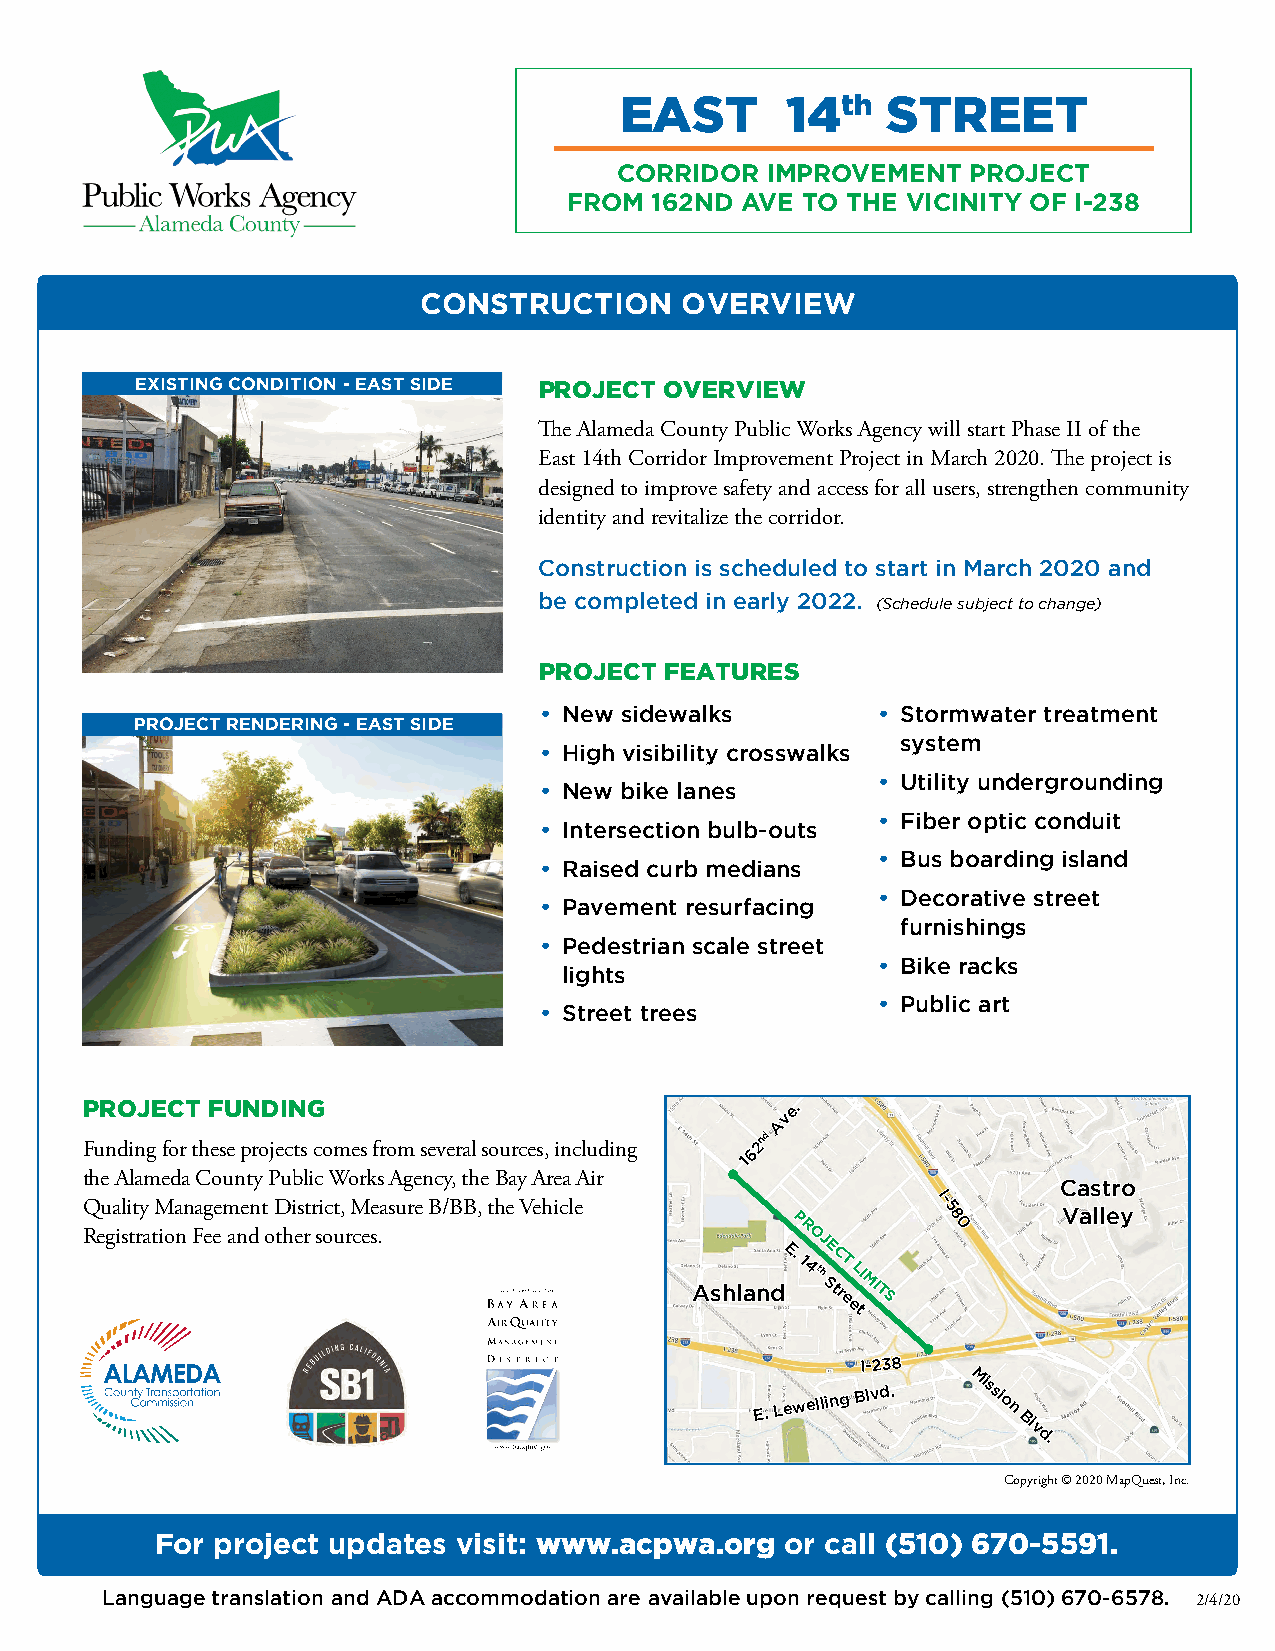
EAST       14th   STREET
 Corridor  improvement  projeCt
 From 162nd Ave to the viCinity oF i-238
 ConstruCtion     overview
 existing Condition - east side PROJECT OVERVIEW
 The Alameda County Public Works Agency will start Phase II of the
 East 14th Corridor Improvement Project in March 2020. The project is
 designed to improve safety and access for all users, strengthen community
 identity and revitalize the corridor.
 Construction is scheduled to start in March 2020 and
 be completed in early 2022.
 (Schedule subject to change)
 PROJECT FEATuRES
 • New sidewalks       • Stormwater treatment
 ProjeCt rendering - east side
 system
 • High visibility crosswalks
 • Utility undergrounding
 • New bike lanes
 • Fiber optic conduit
 • Intersection bulb-outs
 • Bus boarding island
 • Raised curb medians
 • Decorative street
 • Pavement resurfacing
 furnishings
 • Pedestrian scale street
 • Bike racks
 lights
 • Public art
 • Street trees
 PROJECT  FundIng                               ee..
 vv
 AA
 Funding for these projects comes from several sources, including
 6622nndd
 11
 the Alameda County Public Works Agency, the Bay Area Air
 CCaassttrroo
 Quality Management District, Measure B/BB, the Vehicle
 II--
 55      VVaalllleeyy
 PP         88
 rr        00
 Registration Fee and other sources.             oojj
 AAsshhllaannddEE..
 11
 44tthh
 SSee ttCC
 rr
 eett
 LLii
 MMii
 tt ss
 eett
 II--223388
 EE..
 LLeewweelllliinngg
 BBllvvdd..
 MMiissssii
 oo
 nn
 BBll
 vv
 dd..
 Copyright © 2020 MapQuest, Inc.
 For project updates visit: www.acpwa.org  or call (510) 670-5591.
 Language translation and ADA accommodation are available upon request by calling (510) 670-6578.
 2/4/20